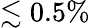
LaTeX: \lesssim 0.5\%